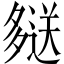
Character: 𫯖